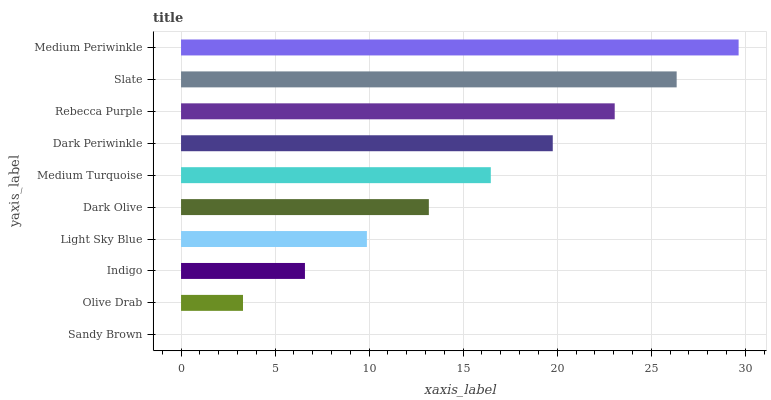
| yaxis_label | bars |
 | --- | --- |
 | Sandy Brown | 0 |
 | Olive Drab | 3.29 |
 | Indigo | 6.59 |
 | Light Sky Blue | 9.88 |
 | Dark Olive | 13.2 |
 | Medium Turquoise | 16.5 |
 | Dark Periwinkle | 19.8 |
 | Rebecca Purple | 23.1 |
 | Slate | 26.4 |
 | Medium Periwinkle | 29.6 |